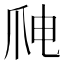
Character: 𱬸